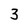
Character: 3